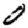
Digit: 0